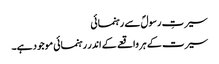
سیرتِ رسولؐ سے رہنمائی
سیرت کے ہر واقعے کے اندر رہنمائی موجود ہے۔